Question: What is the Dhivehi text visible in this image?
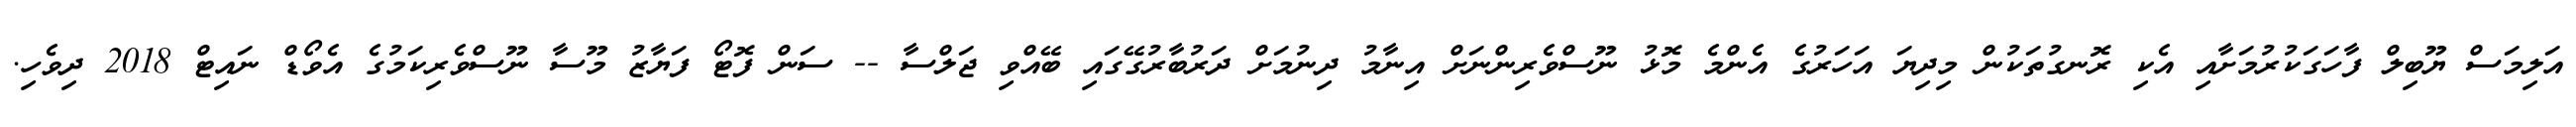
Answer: އަލިމަސް ޔޫބިލް ފާހަގަކުރުމަށާއި އެކި ރޮނގުތަކުން މިދިޔަ އަހަރުގެ އެންމެ މޮޅު ނޫސްވެރިންނަށް އިނާމު ދިނުމަށް ދަރުބާރުގޭގައި ބޭއްވި ޖަލްސާ -- ސަން ފޮޓޯ ފަޔާޒު މޫސާ ނޫސްވެރިކަމުގެ އެވޯޑް ނައިޓް 2018 ދިވެހި.